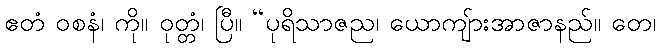
ဧတံ ဝစနံ၊ ကို။ ဝုတ္တံ၊ ပြီ။ “ပုရိသာဇည၊ ယောကျ်ားအာဇာနည်။ တေ၊